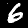
Label: 6